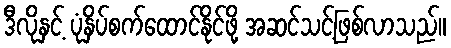
ဒီလိုနှင့် ပုံနှိပ်စက်ထောင်နိုင်ဖို့ အဆင်သင့်ဖြစ်လာသည်။